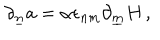
LaTeX: \partial _ { \underline { { { n } } } } a = \alpha \epsilon _ { n m } \partial _ { \underline { { { m } } } } H \, ,